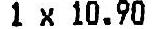
1 X 10.90